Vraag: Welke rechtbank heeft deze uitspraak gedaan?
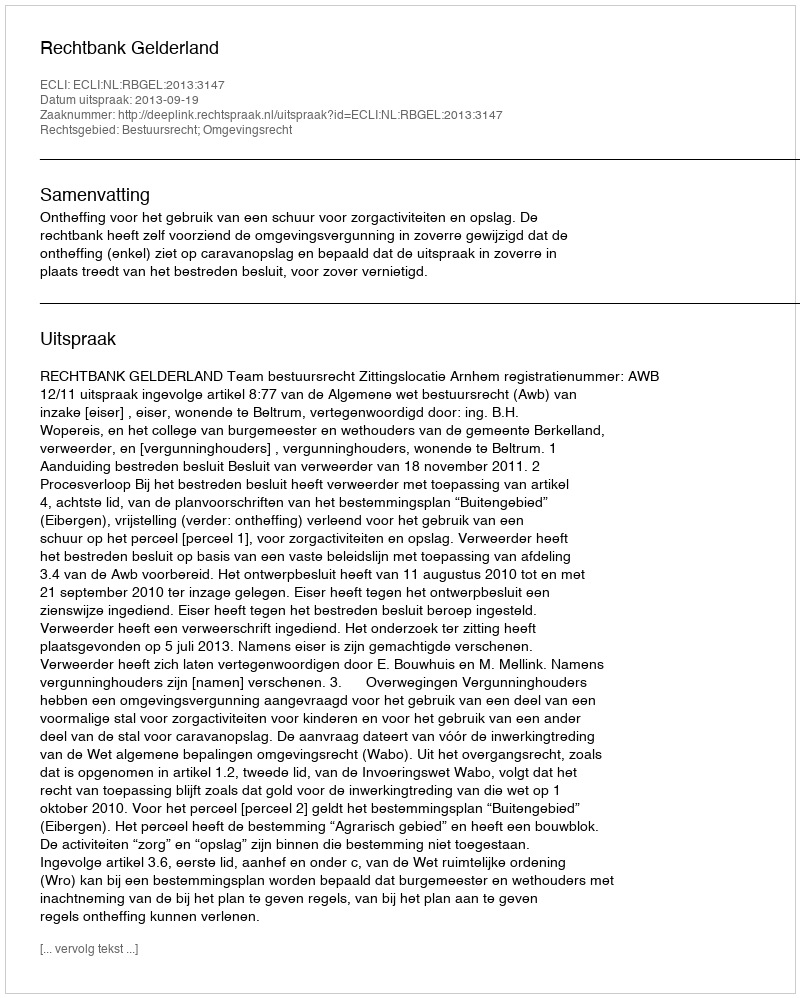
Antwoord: Rechtbank Gelderland